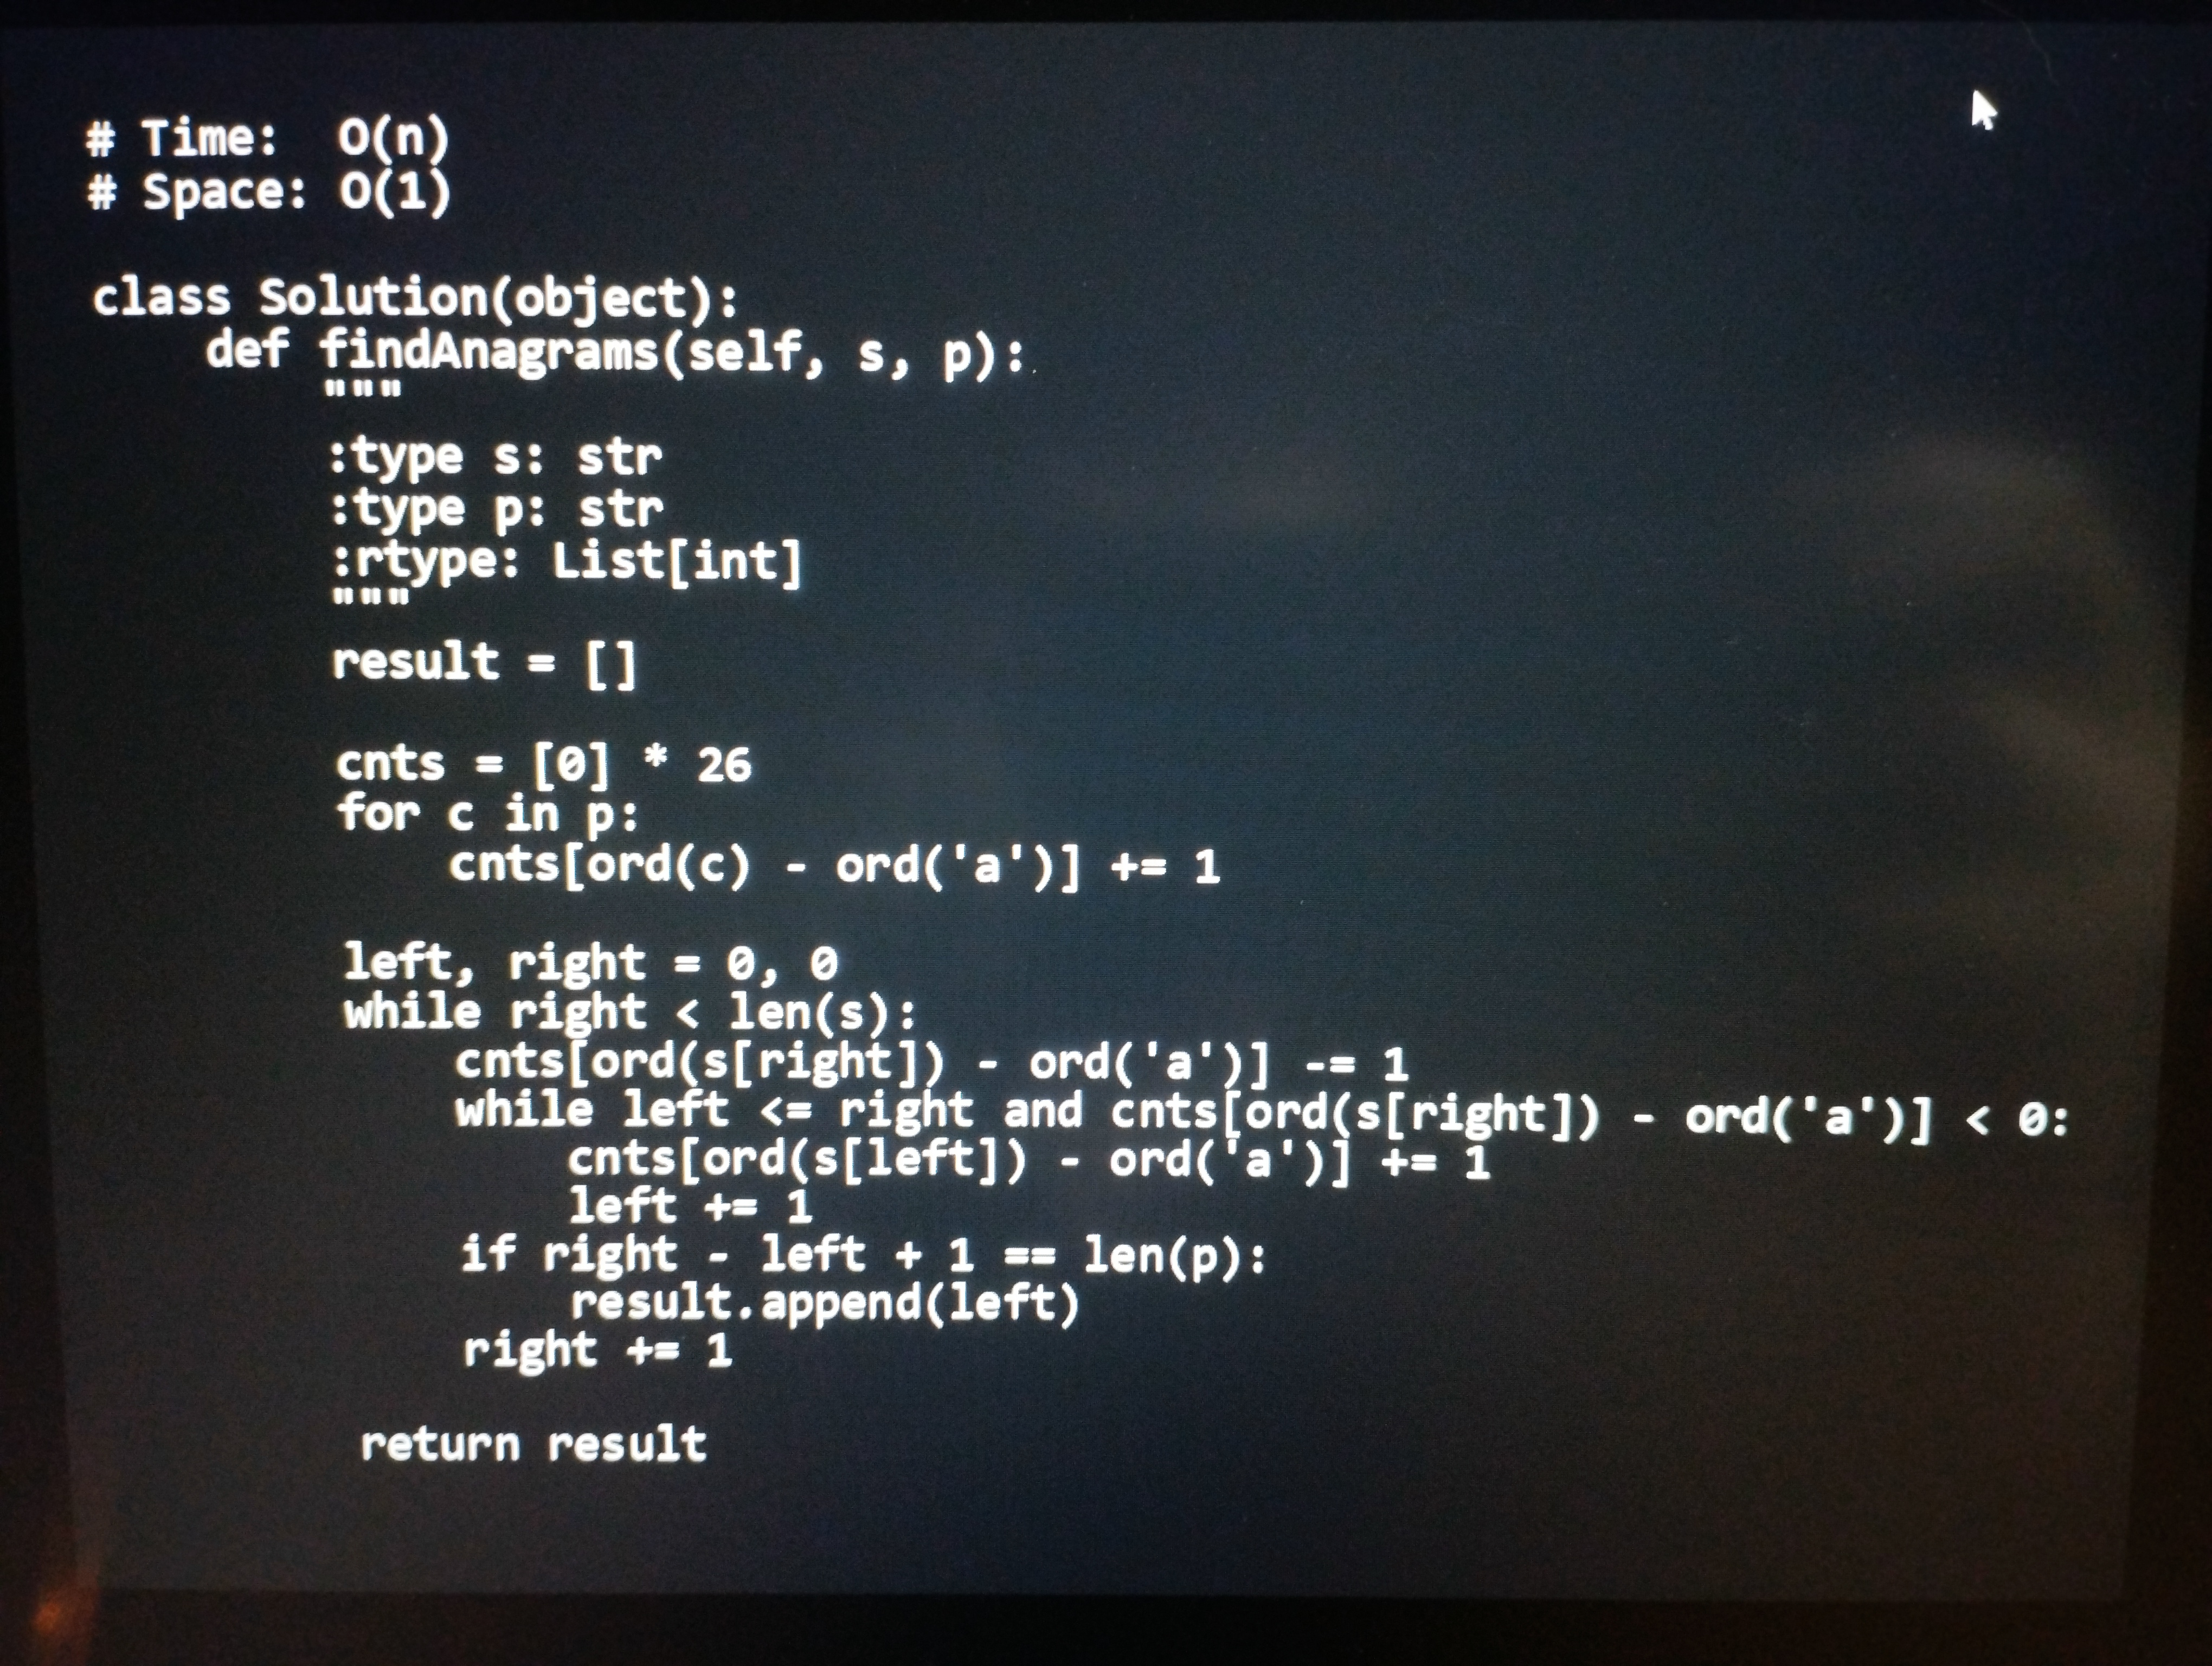
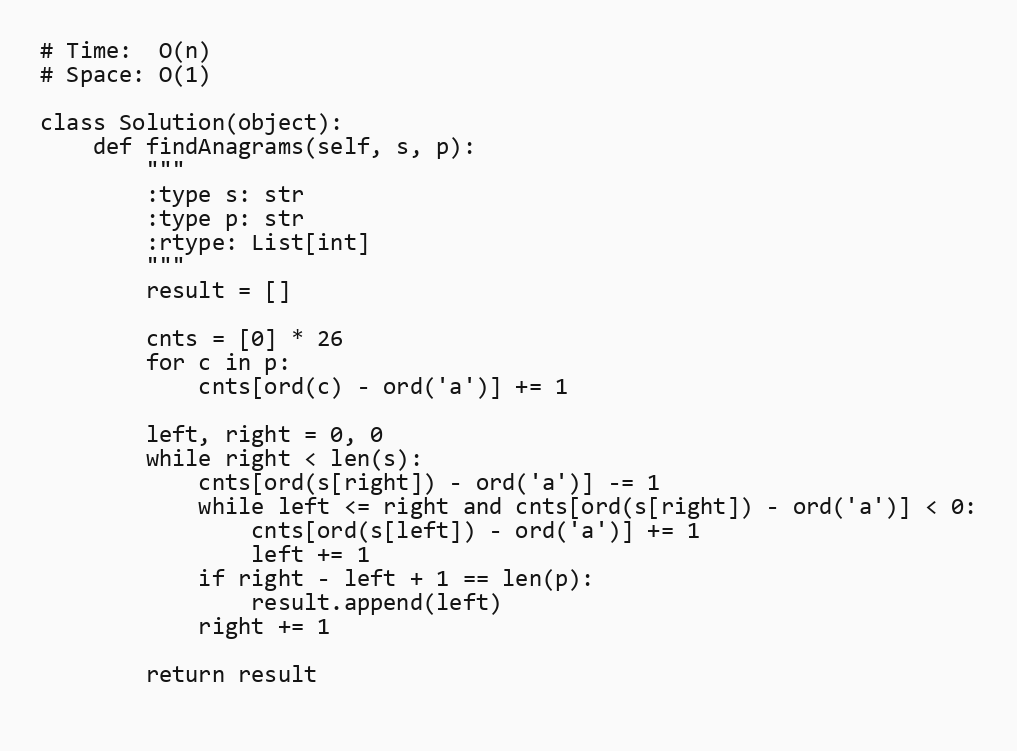
# Time:  O(n)
# Space: O(1)

class Solution(object):
    def findAnagrams(self, s, p):
        """
        :type s: str
        :type p: str
        :rtype: List[int]
        """
        result = []

        cnts = [0] * 26
        for c in p:
            cnts[ord(c) - ord('a')] += 1

        left, right = 0, 0
        while right < len(s):
            cnts[ord(s[right]) - ord('a')] -= 1
            while left <= right and cnts[ord(s[right]) - ord('a')] < 0:
                cnts[ord(s[left]) - ord('a')] += 1
                left += 1
            if right - left + 1 == len(p):
                result.append(left)
            right += 1

        return result